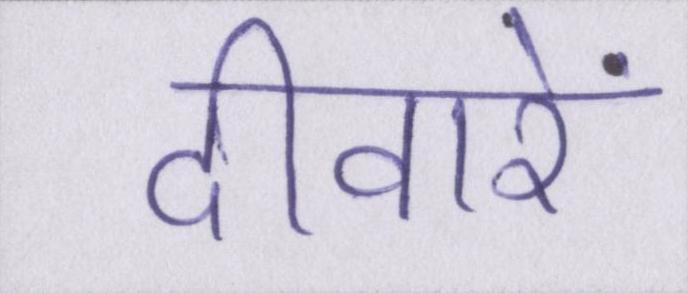
दीवारें